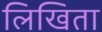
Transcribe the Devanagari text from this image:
लिखिता